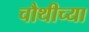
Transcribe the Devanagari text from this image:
चौथीच्या